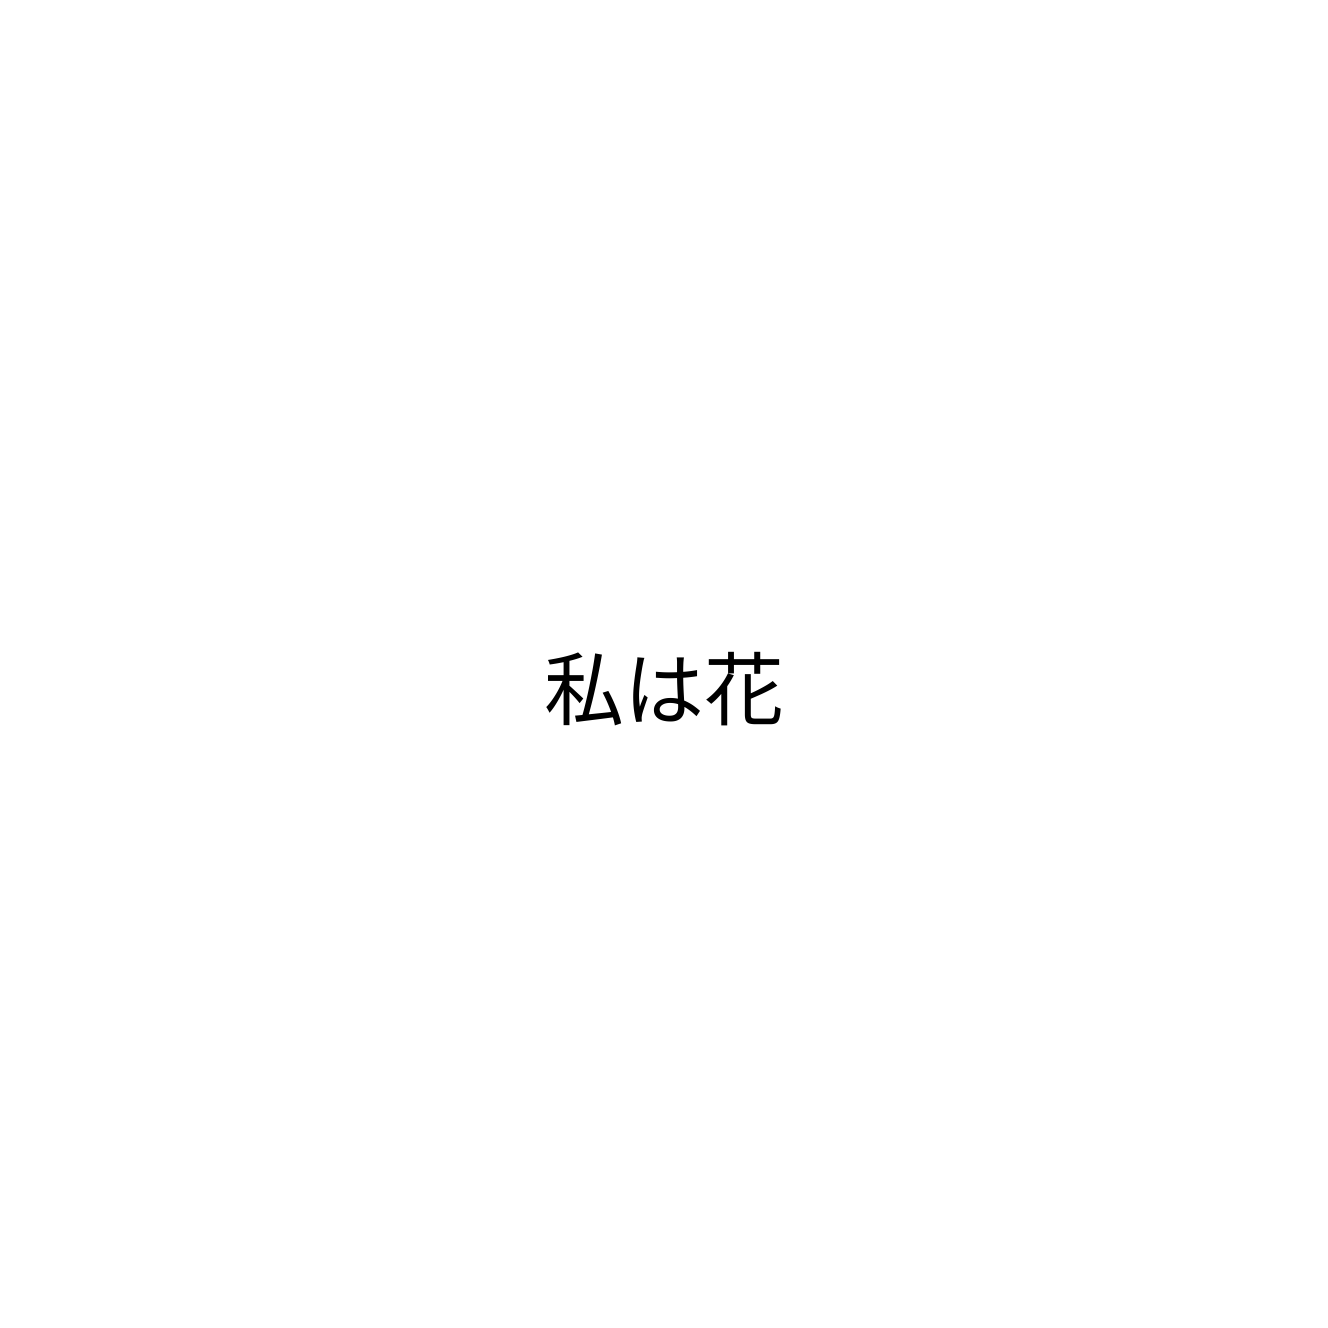
私は花